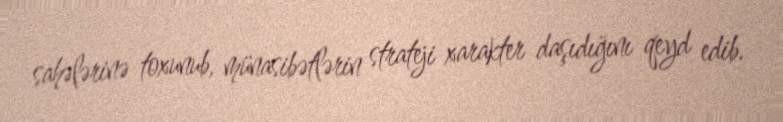
sahələrinə toxunub, münasibətlərin strateji xarakter daşıdığını qeyd edib.